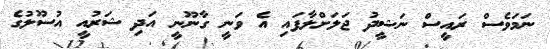
ނަމަވެސް ރައީސް ނަޝީދު ޖަލަށްލާފައި އެ ވަނީ ގާނޫނީ އަދި ޝަރުއީ އުސޫލުގެ